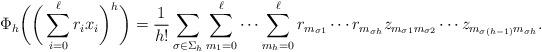
LaTeX: \begin{align*}\Phi_h\bigg( \bigg( \sum_{i=0}^\ell r_i x_i \bigg)^h \bigg) = \frac1{h!} \sum_{\sigma\in\Sigma_h} \sum_{m_1=0}^\ell \cdots \sum_{m_h=0}^\ell r_{m_{\sigma1}} \cdots r_{m_{\sigma h}} z_{m_{\sigma1}m_{\sigma2}} \cdots z_{m_{\sigma(h-1)}m_{\sigma h}}.\end{align*}